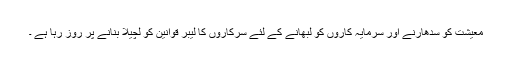
معیشت کو سدھارنے اور سرمایہ کاروں کو لبھانے کے لئے سرکاروں کا لیبر قوانین کو لچیلا بنانے پر روز رہا ہے ۔